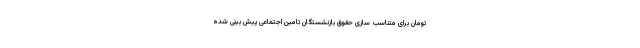
تومان برای متناسب سازی حقوق بازنشستگان تامین اجتماعی پیش بینی شده